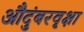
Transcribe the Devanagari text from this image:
औदुंबरवृक्षा